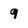
Character: q